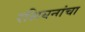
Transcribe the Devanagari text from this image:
रशियनांचा